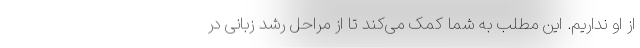
از او نداریم. این مطلب به شما کمک می‌کند تا از مراحل رشد زبانی در